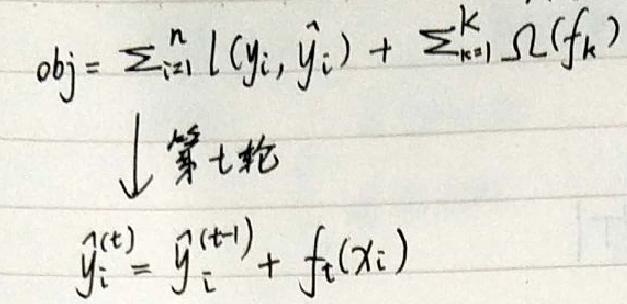
\begin{align*}
\(obj=\sum_{i = 1}^{n}L(y_{i},\hat{y}_{i})+\sum_{k = 1}^{K}\Omega(f_{k})\)\\
\downarrow 第七轮\\
\(\hat{y}_{i}^{(t)}=\hat{y}_{i}^{(t - 1)}+f_{t}(x_{i})\)\\
\end{align*}